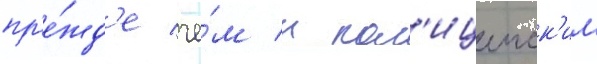
пр'е́жд'е че́м к пол'ицеиск'им